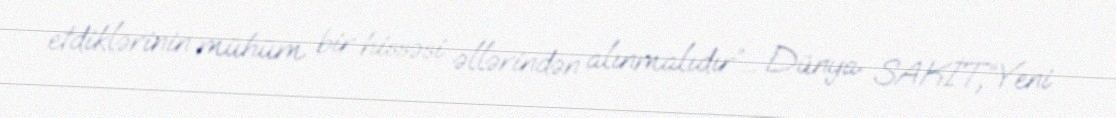
etdiklərinin mühüm bir hissəsi əllərindən alınmalıdır”... Dünya SAKİT,“Yeni